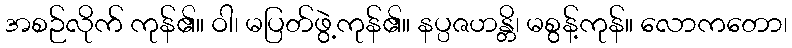
အစဉ်လိုက် ကုန်၏။ ဝါ၊ မပြတ်ဖွဲ့ကုန်၏။ နပ္ပဇဟန္တိ၊ မစွန့်ကုန်။ လောကတော၊